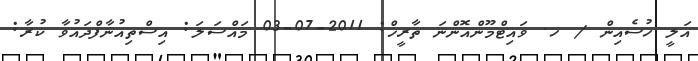
އަލީ ހުސެއިން / ހ. ވައިޓްމޫންއޮންނަ ތާރީޚް: 2011-07-03 މައްސަލަ: އިސްތިއުނާފްދައުވާ ކުރާ: